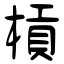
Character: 槓